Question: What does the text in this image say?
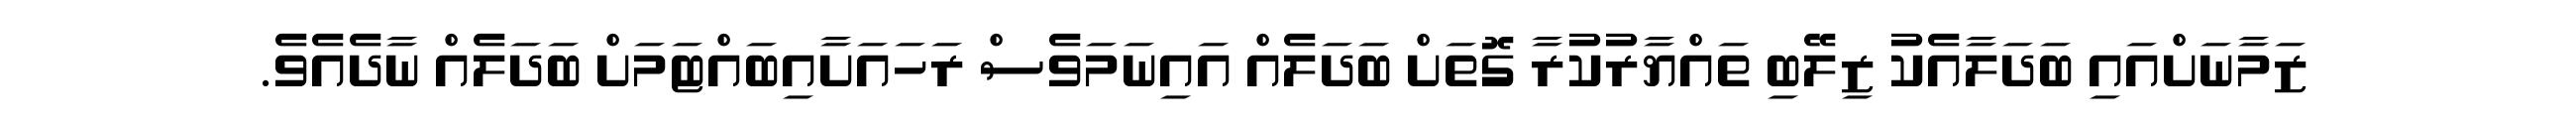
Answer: ޒަމާނަށްއައި ބަދަލާއެކު ޒިލޭބި ތައްޔާރުކުރާ ގޮތަށް ބަދަލެއް އައިނަމަވެސް ރަހައަށާއިބައްޓަމަށް ބަދަލެއް ނާދެއެވެ.